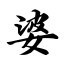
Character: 婆